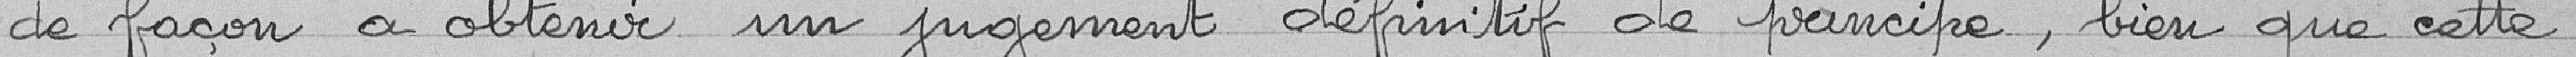
de façon à obtenir un jugement définitif de principe, bien que cette